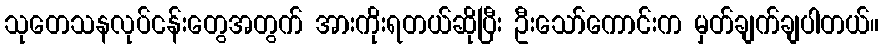
သုတေသနလုပ်ငန်းတွေအတွက် အားကိုးရတယ်ဆိုပြီး ဦးသော်ကောင်းက မှတ်ချက်ချပါတယ်။